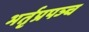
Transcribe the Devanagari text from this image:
भर्तृप्रपञ्च